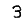
Digit: 3